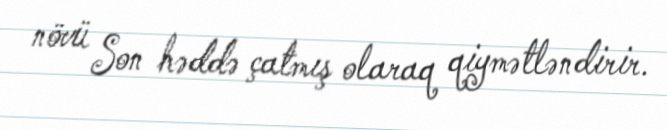
növü Son həddə çatmış olaraq qiymətləndirir.